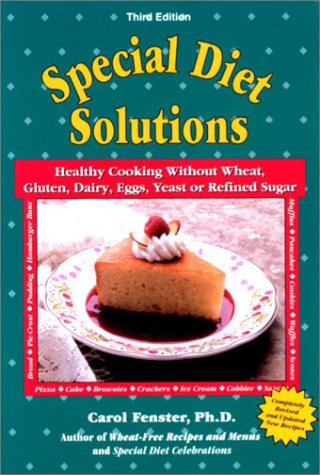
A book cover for Special Diet Solutions: Healthy Cooking Without Wheat, Gluten, Dairy, Eggs, Yeast, or Refined Sugar; Carol Fenster PhD.; Health, Fitness & Dieting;